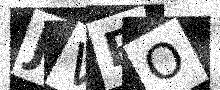
Text: JVPO